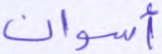
أسوان